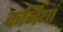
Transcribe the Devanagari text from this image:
कनियां